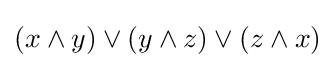
(x\land y)\lor (y\land z)\lor (z\land x)